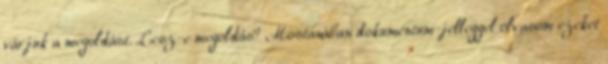
várjuk a megoldást. Lesz-e megoldás? Mostanában dokumentum-jelleggel olvasom ezeket